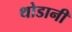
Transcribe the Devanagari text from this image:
थोडानी